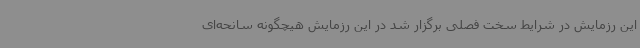
این رزمایش در شرایط سخت فصلی برگزار شد در این رزمایش هیچگونه سانحه‌ای